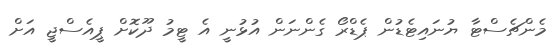
މެންޗެސްޓާ ޔުނައިޓެޑުން ޕެޑްރޯ ގެންނަން އުޅުނީ އެ ޓީމު ދޫކޮށް ޕީއެސްޖީ އަށް